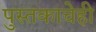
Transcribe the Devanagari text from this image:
पुस्तकाचेही